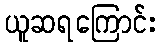
ယူဆရကြောင်း